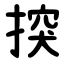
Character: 揬